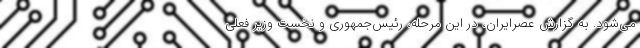
می‌شود. به گزارش عصرایران، در این مرحله، رئیس‌جمهوری و نخست وزیر فعلی